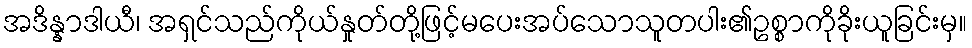
အဒိန္နာဒါယီ၊ အရှင်သည်ကိုယ်နှုတ်တို့ဖြင့်မပေးအပ်သောသူတပါး၏ဥစ္စာကိုခိုးယူခြင်းမှ။